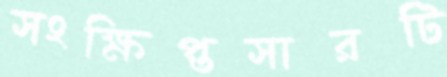
সংক্ষিপ্তসারটি